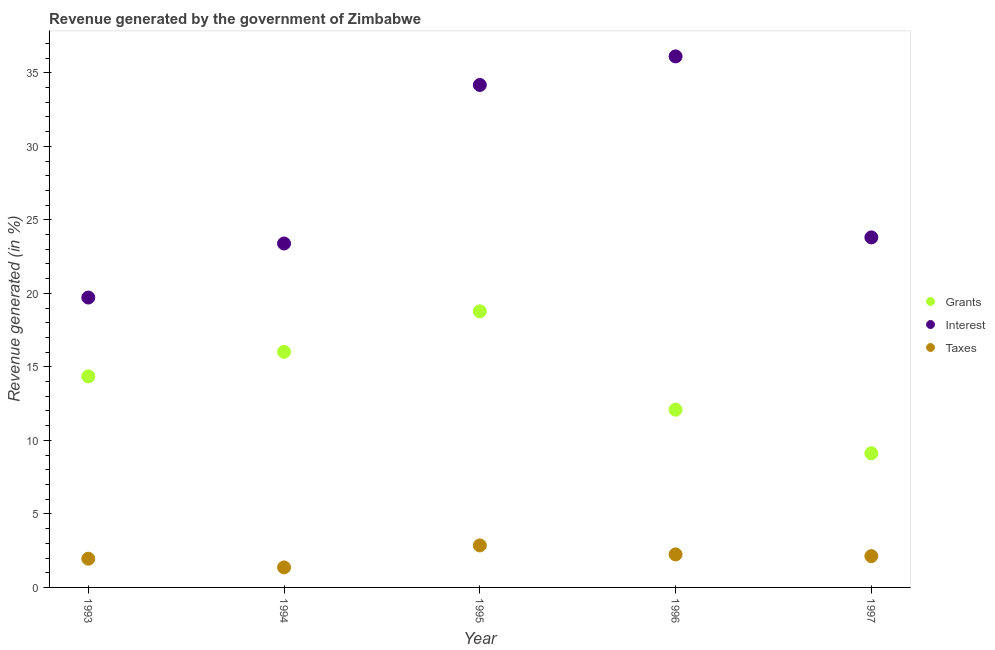
| Year | Grants | Interest | Taxes |
 | --- | --- | --- | --- |
 | 1993 | 14.4 | 19.7 | 1.95 |
 | 1994 | 16 | 23.4 | 1.36 |
 | 1995 | 18.8 | 34.2 | 2.86 |
 | 1996 | 12.1 | 36.1 | 2.25 |
 | 1997 | 9.13 | 23.8 | 2.13 |